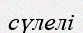
сүлелі